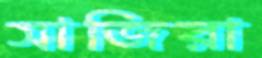
সাজিরা